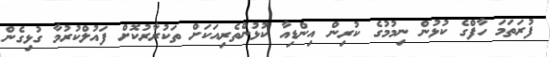
ފުރަތަމަ ހާފްގެ ކުޅުން ނިމުމުގެ ކުރިން އިންޑިއާ ކުޅުންތެރިއަކަށް ތަކުރާރުކޮށް ފައުލްކުރުމާ ގުޅިގެން